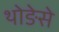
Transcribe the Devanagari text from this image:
थोङेसे